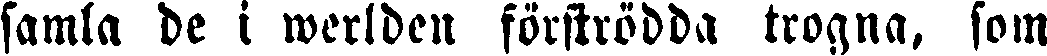
samla de i werlden förströdda trogna, som